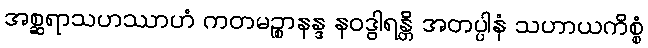
အစ္ဆရာသဟဿာဟံ ကတမဉ္စာနန္ဒ နဝဒွါရန္တိ အတပ္ပါနံ သဟာယကိစ္စံ